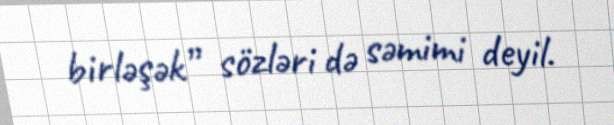
birləşək” sözləri də səmimi deyil.